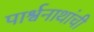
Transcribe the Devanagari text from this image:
पार्श्वनाथांची